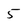
Character: 5